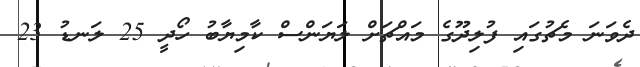
ދެވަނަ މެޗުގައި ފުލިދޫގެ މައްޗަށް ލަޔަންސް ކާމިޔާބު ހޯދީ 25 ލަނޑު 23